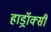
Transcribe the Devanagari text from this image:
हाड्रॉक्सी